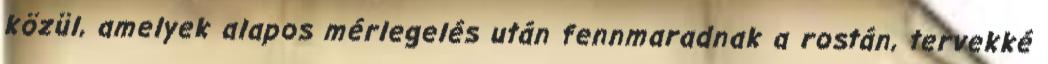
közül, amelyek alapos mérlegelés után fennmaradnak a rostán, tervekké